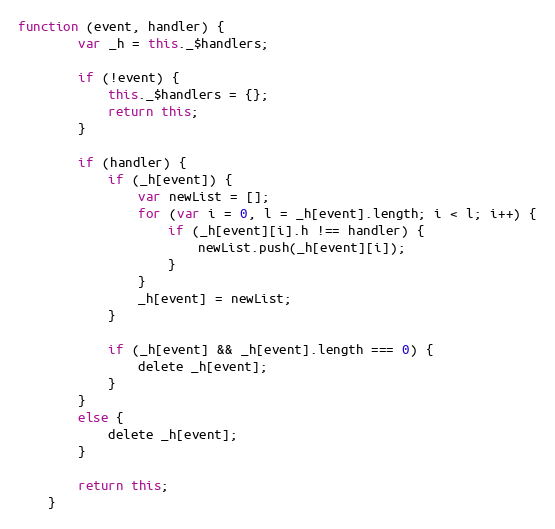
Language: JavaScript
function (event, handler) {
        var _h = this._$handlers;

        if (!event) {
            this._$handlers = {};
            return this;
        }

        if (handler) {
            if (_h[event]) {
                var newList = [];
                for (var i = 0, l = _h[event].length; i < l; i++) {
                    if (_h[event][i].h !== handler) {
                        newList.push(_h[event][i]);
                    }
                }
                _h[event] = newList;
            }

            if (_h[event] && _h[event].length === 0) {
                delete _h[event];
            }
        }
        else {
            delete _h[event];
        }

        return this;
    }